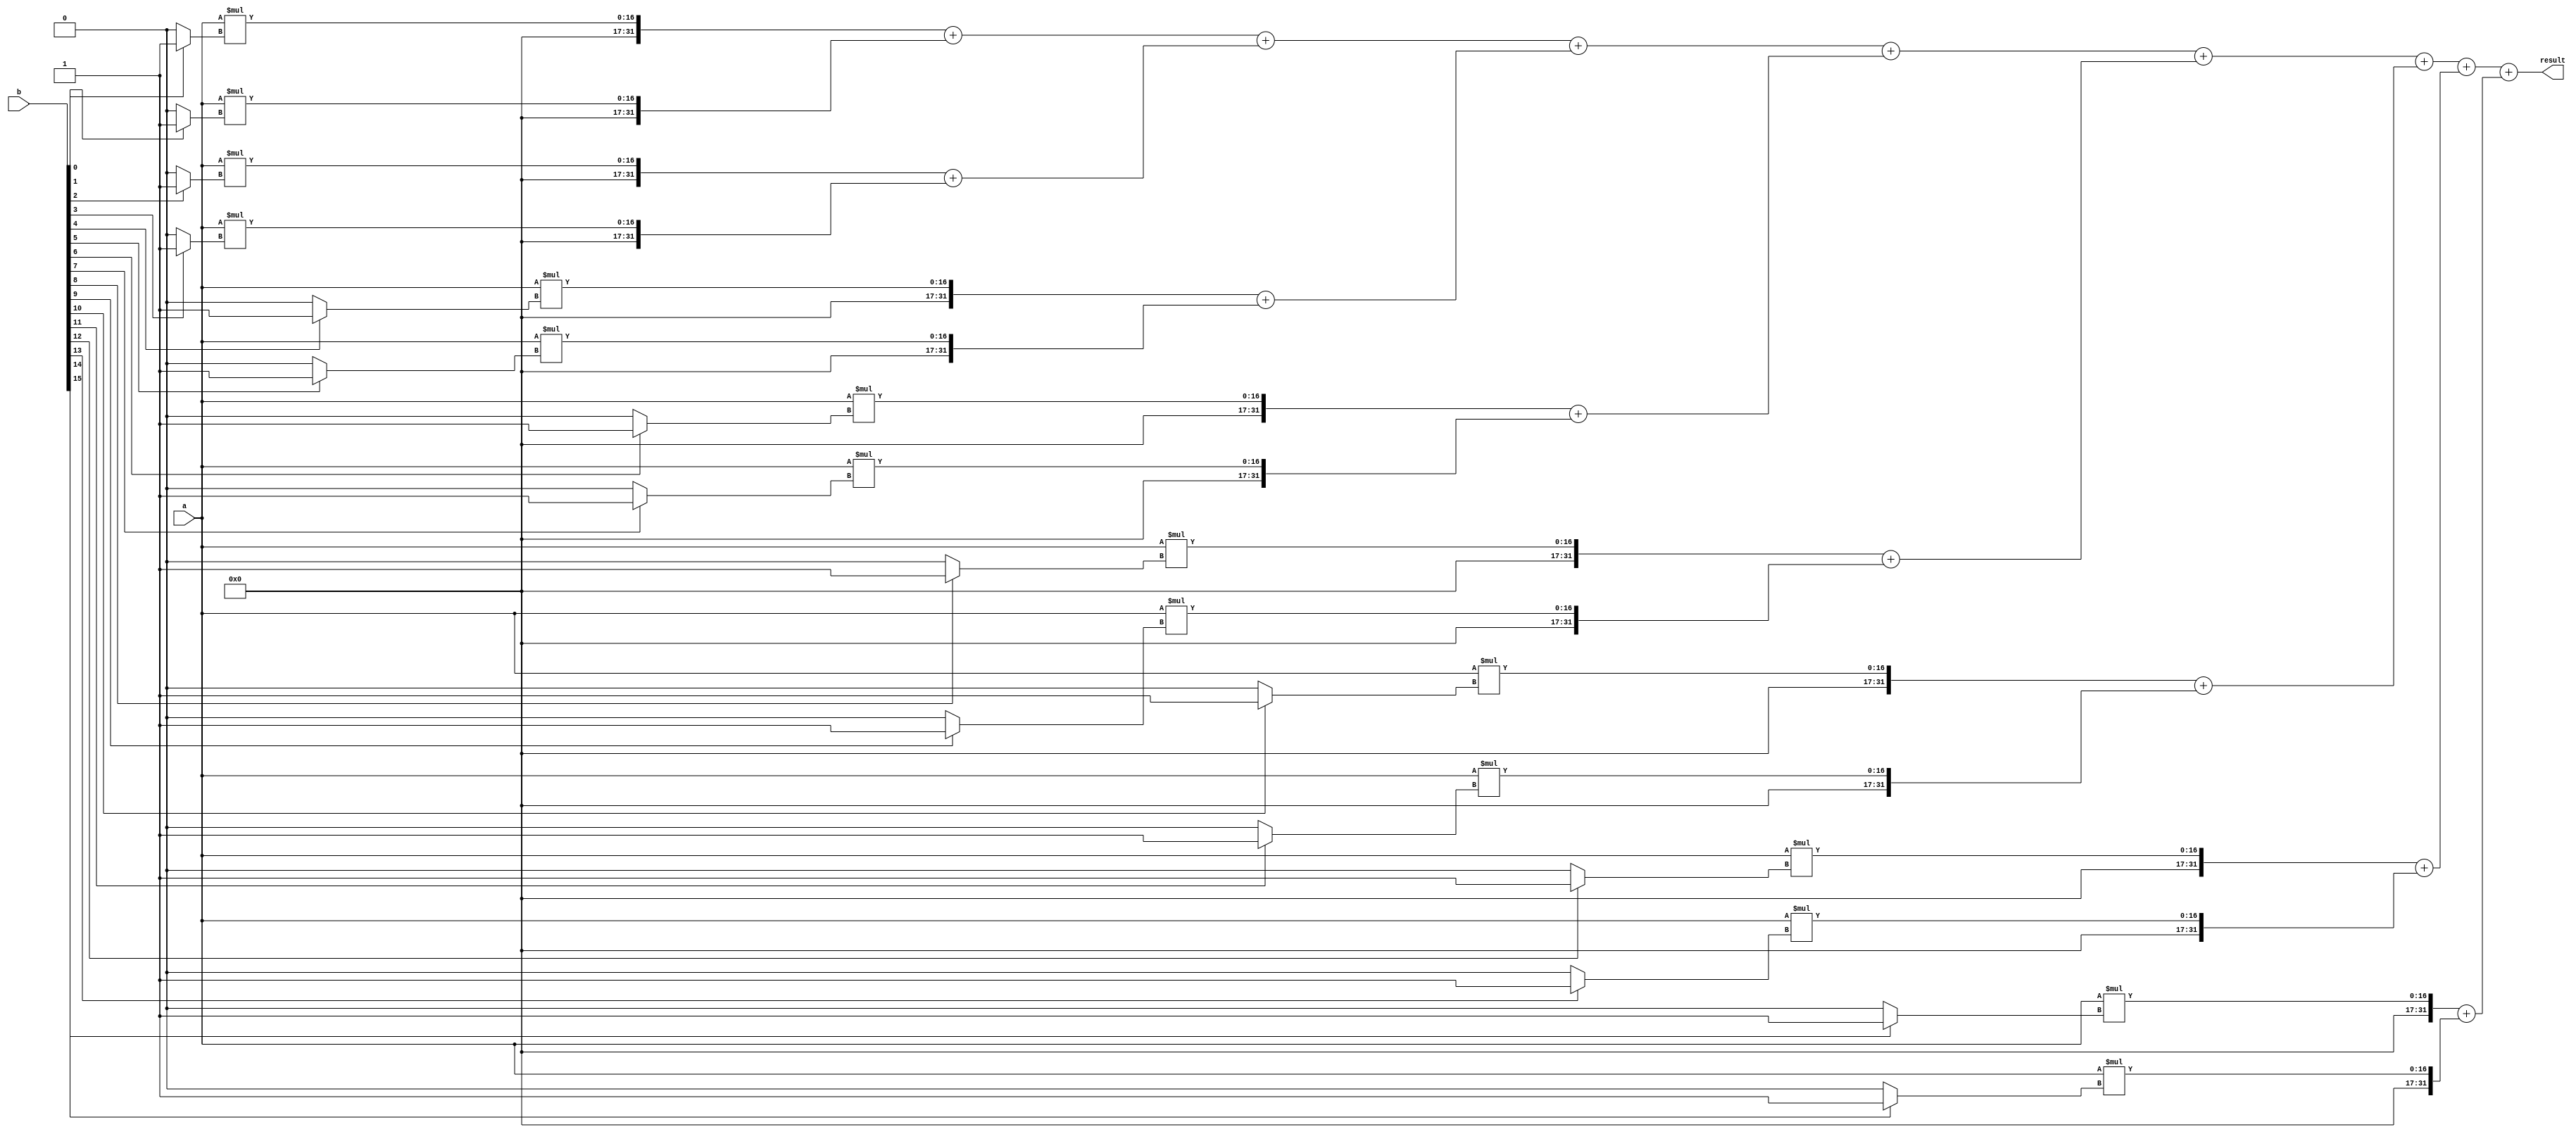
module wallace_tree_multiplier
(
    input [15:0] a,
    input [15:0] b,
    output reg [31:0] result
);

reg [31:0] partial_products [15:0];

// Partial product generation
genvar i;
generate
    for (i = 0; i < 16; i = i + 1) begin
        assign partial_products[i] = a * (b[i] ? {16'b0, b[i]} : 16'b0);
    end
endgenerate

// Reduction stages using carry-save adders
wire [31:0] sum_0;
assign sum_0 = partial_products[0] + partial_products[1];
wire [31:0] sum_1;
assign sum_1 = partial_products[2] + partial_products[3];
wire [31:0] sum_2;
assign sum_2 = partial_products[4] + partial_products[5];
wire [31:0] sum_3;
assign sum_3 = partial_products[6] + partial_products[7];
wire [31:0] sum_4;
assign sum_4 = partial_products[8] + partial_products[9];
wire [31:0] sum_5;
assign sum_5 = partial_products[10] + partial_products[11];
wire [31:0] sum_6;
assign sum_6 = partial_products[12] + partial_products[13];
wire [31:0] sum_7;
assign sum_7 = partial_products[14] + partial_products[15];

// Final result calculation using final array of adders
reg [31:0] temp_result;
always @* begin
    temp_result = sum_0 + sum_1 + sum_2 + sum_3 + sum_4 + sum_5 + sum_6 + sum_7;
end

// Output the final result
always @* begin
    result = temp_result;
end

endmodule